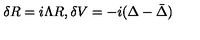
\delta R = i \Lambda R , \delta V = - i ( \Delta - \bar { \Delta } )